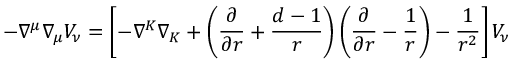
- \nabla ^ { \mu } \nabla _ { \mu } V _ { \nu } = \left[ - \nabla ^ { K } \nabla _ { K } + \left( { \frac { \partial } { \partial r } } + { \frac { d - 1 } { r } } \right) \left( { \frac { \partial } { \partial r } } - { \frac { 1 } { r } } \right) - { \frac { 1 } { r ^ { 2 } } } \right] V _ { \nu } ~ ~ ~